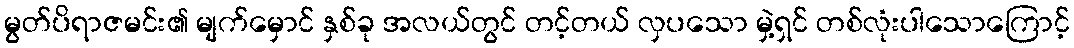
မွတ်ပိရာဇမင်း၏ မျက်မှောင် နှစ်ခု အလယ်တွင် တင့်တယ် လှပသော မှဲ့ရှင် တစ်လုံးပါသောကြောင့်